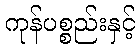
ကုန်ပစ္စည်းနှင့်